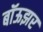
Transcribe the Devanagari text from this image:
बॉऊझर